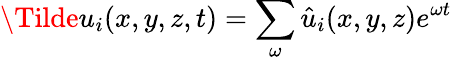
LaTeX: \Tilde{u}_{i}(x,y,z,t)=\sum_{\omega}\hat{u}_{i}(x,y,z)e^{\omega t}